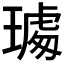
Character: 𤩁